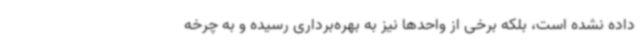
داده نشده است، بلکه برخی از واحدها نیز به بهره‌برداری رسیده و به چرخه